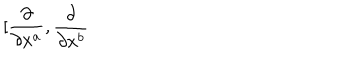
LaTeX: \lbrack \frac { \partial } { \partial x ^ { a } } , \frac { \partial } { \partial x ^ { b } }